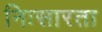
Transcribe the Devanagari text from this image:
निःसारता